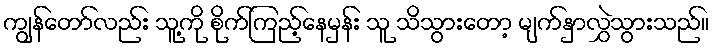
ကျွန်တော်လည်း သူ့ကို စိုက်ကြည့်နေမှန်း သူ သိသွားတော့ မျက်နှာလွှဲသွားသည်။